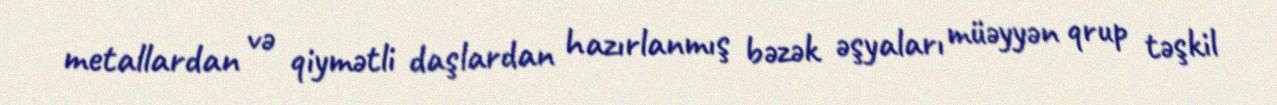
metallardan və qiymətli daşlardan hazırlanmış bəzək əşyaları müəyyən qrup təşkil